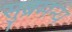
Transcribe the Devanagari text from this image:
सुब्रमन्य